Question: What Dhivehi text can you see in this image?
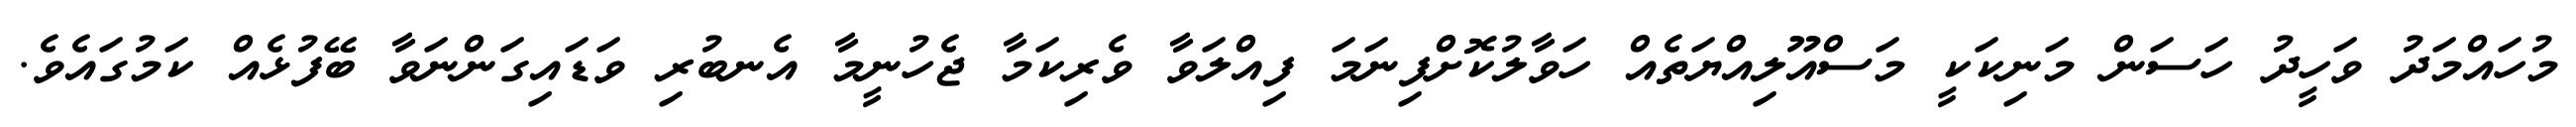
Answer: މުހައްމަދު ވަހީދު ހަސަން މަނިކަކީ މަސްއޫލިއްޔަތެއް ހަވާލުކޮށްފިނަމަ ފިއްލަވާ ވެރިކަމާ ޖެހުނީމާ އެނބުރި ވަޑައިގަންނަވާ ބޭފުޅެއް ކަމުގައެވެ.